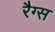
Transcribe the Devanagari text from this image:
रैग्स